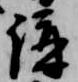
講